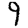
Digit: 9